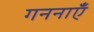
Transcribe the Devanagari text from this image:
गननाएँ